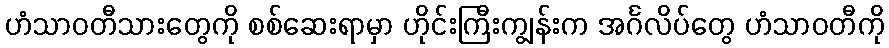
ဟံသာဝတီသားတွေကို စစ်ဆေးရာမှာ ဟိုင်းကြီးကျွန်းက အင်္ဂလိပ်တွေ ဟံသာဝတီကို